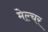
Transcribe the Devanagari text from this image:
मेल्चर